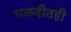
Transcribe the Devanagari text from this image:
चळवीतही